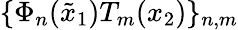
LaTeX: \{ \Phi_{n}(\tilde{x}_{1})T_{m}(x_{2})\} _{n,m}